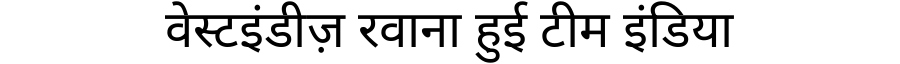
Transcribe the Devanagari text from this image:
वेस्टइंडीज़ रवाना हुई टीम इंडिया